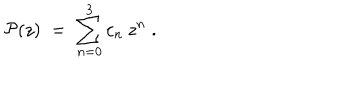
{ \cal { P } } ( z ) \; = \; \sum _ { n = 0 } ^ { 3 } c _ { n } \: z ^ { n } \; .